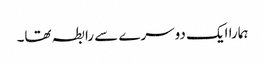
ہمارا ایک دوسرے سے رابطہ تھا۔